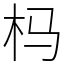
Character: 杩